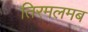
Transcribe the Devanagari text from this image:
तिरमलमब